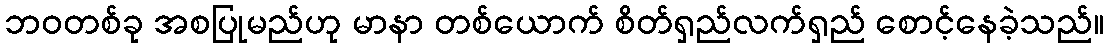
ဘဝတစ်ခု အစပြုမည်ဟု မာနာ တစ်ယောက် စိတ်ရှည်လက်ရှည် စောင့်နေခဲ့သည်။